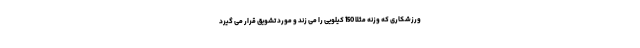
ورزشکاری که وزنه مثلاً 150 کیلویی را می زند و مورد تشویق قرار می گیرد